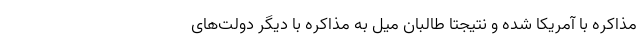
مذاکره با آمریکا شده و نتیجتاً طالبان میل به مذاکره با دیگر دولت‌های